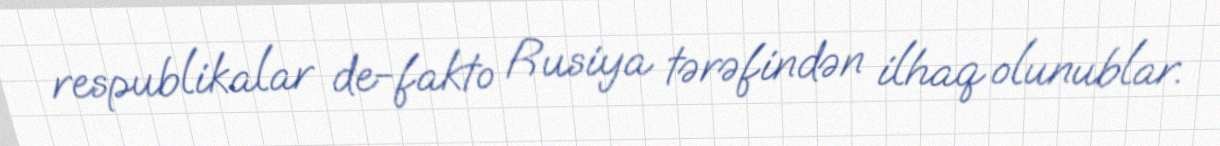
respublikalar de-fakto Rusiya tərəfindən ilhaq olunublar.